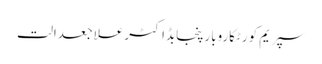
سپریم کورٹکاروبارپنجابڈاکٹرعلاجعدالت